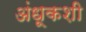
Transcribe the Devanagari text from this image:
अंधूकशी